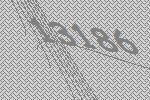
13186